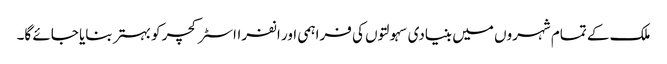
ملک کے تمام شہروں میں بنیادی سہولتوں کی فراہمی اور انفرااسٹرکچر کو بہتر بنایا جائے گا۔